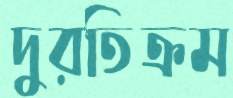
দুরতিক্রম